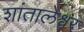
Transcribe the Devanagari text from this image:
शांतालेश्वर